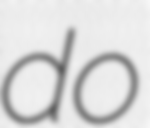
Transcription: do